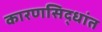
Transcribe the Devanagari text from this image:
कारणसिद्धांत